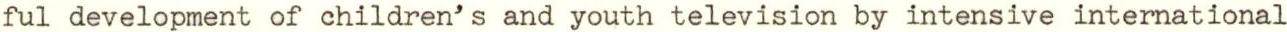
ful development of children's and youth television by intensive international